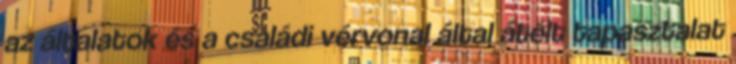
az általatok és a családi vérvonal által átélt tapasztalat